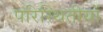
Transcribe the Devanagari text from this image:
परिस्थितीयों